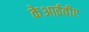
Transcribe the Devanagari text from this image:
केआईवीए